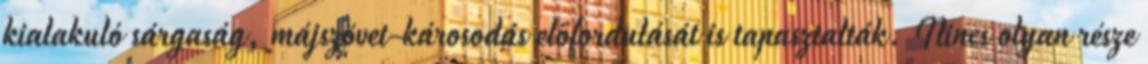
kialakuló sárgaság, májszövet-károsodás előfordulását is tapasztalták. Nincs olyan része